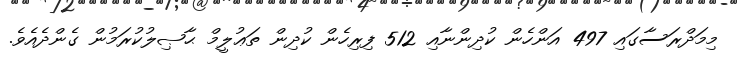
މިމަދްރަސާގައި 497 އަންހެން ކުދިންނާއި 512 ފިރިހެން ކުދިން ތަޢުލީމް ޙާޞިލުކުރަމުން ގެންދެއެވެ.